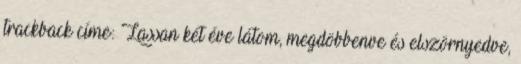
trackback címe: Lassan két éve látom, megdöbbenve és elszörnyedve,